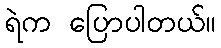
ရဲက ပြောပါတယ်။